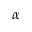
\alpha